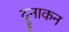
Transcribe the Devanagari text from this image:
दुनाकन